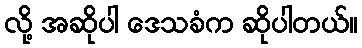
လို့ အဆိုပါ ဒေသခံက ဆိုပါတယ်။